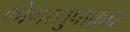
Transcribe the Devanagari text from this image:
कोणस्तुपाकार